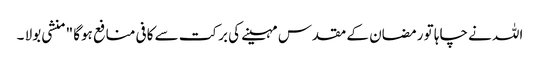
اللہ نے چاہا تو رمضان کے مقدس مہینے کی برکت سے کافی منافع ہوگا " منشی بولا ۔